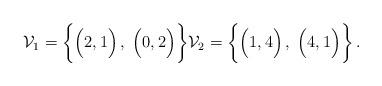
LaTeX: \begin{align*}\mathcal{V}_1 = \biggl\{ \Bigl(2,1\Bigr)\,,\; \Bigl(0,2\Bigr)\biggr\} \mathcal{V}_2 = \biggl\{ \Bigl(1,4\Bigr)\,,\; \Bigl(4,1\Bigr)\biggr\}\,. \end{align*}